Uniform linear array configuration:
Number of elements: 24
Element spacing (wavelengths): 0.25
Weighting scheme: kaiser
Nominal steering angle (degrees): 0
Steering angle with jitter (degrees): -1.523
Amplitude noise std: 0.05
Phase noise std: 0.05

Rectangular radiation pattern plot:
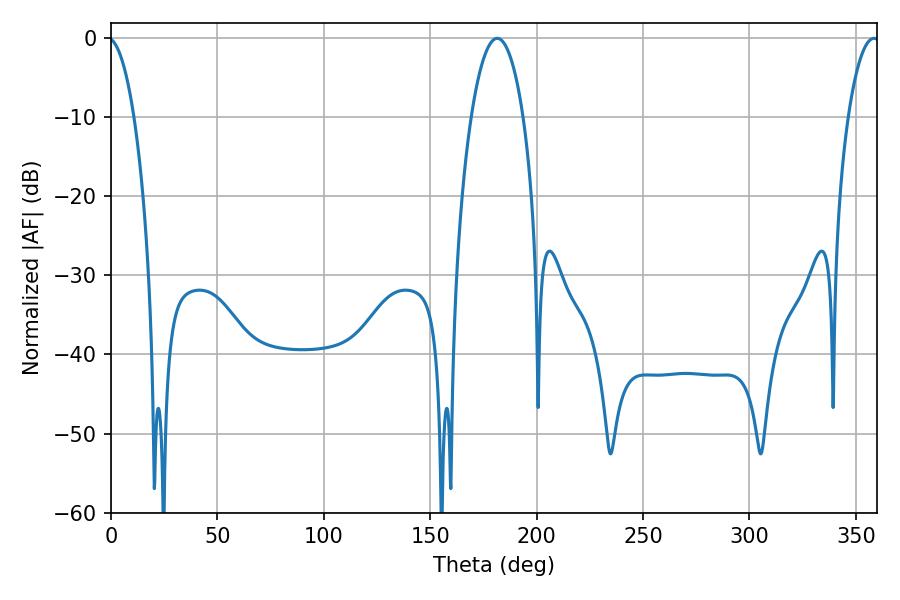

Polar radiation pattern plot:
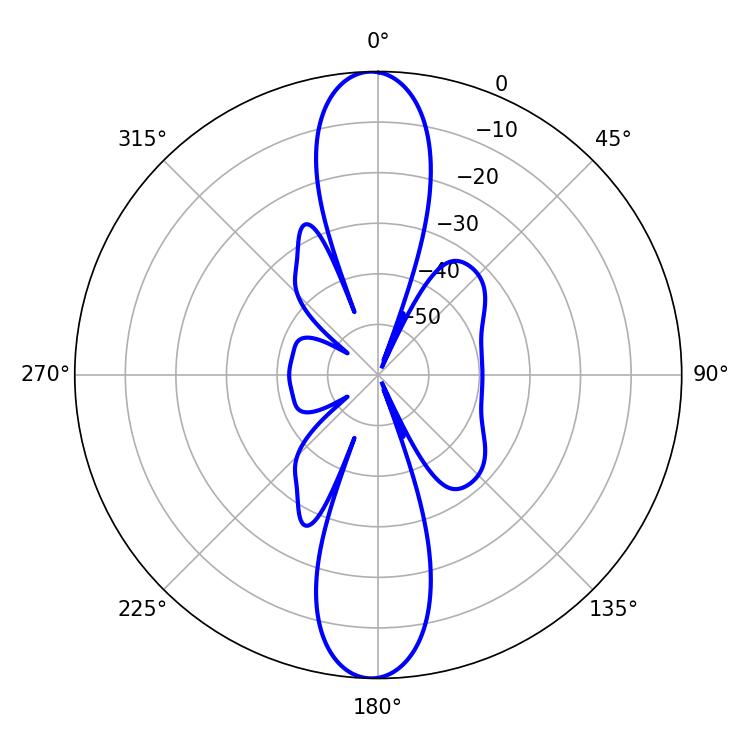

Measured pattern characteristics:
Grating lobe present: FALSE
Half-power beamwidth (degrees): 13.68
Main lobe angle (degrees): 181.44